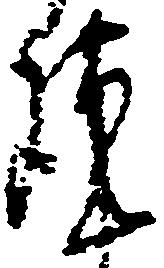
謹